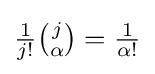
{\tfrac {1}{j!}}{\tbinom {j}{\alpha }}={\tfrac {1}{\alpha !}}